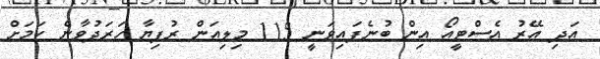
އަދި އޭރު އެސްޓީއޯ އިން ބުނެފައިވަނީ 115 މިލިއަން ރުފިޔާ ހަރަދުވާނެ ކަމަށް